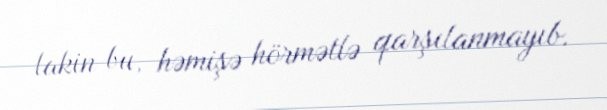
lakin bu, həmişə hörmətlə qarşılanmayıb.